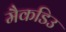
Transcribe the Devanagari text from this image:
मैकडिउ